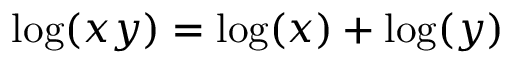
\log ( x y ) = \log ( x ) + \log ( y )